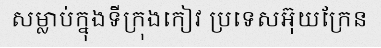
សម្លាប់ក្នុងទីក្រុងកៀវ ប្រទេសអ៊ុយក្រែន